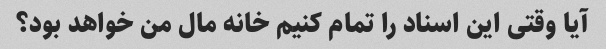
آیا وقتی این اسناد را تمام کنیم خانه مال من خواهد بود؟